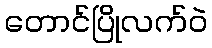
တောင်ပြိုလက်ဝဲ